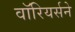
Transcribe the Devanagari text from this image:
वॉरियर्सने